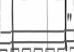
"